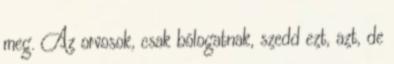
meg. Az orvosok, csak bólogatnak, szedd ezt, azt, de